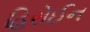
હિરોઈન